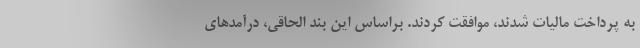
به پرداخت مالیات شدند، موافقت کردند. براساس این بند الحاقی، درآمدهای